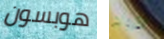
هوبسون الأزواج